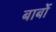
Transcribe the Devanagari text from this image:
बार्बो